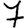
Digit: 7